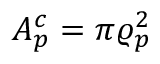
A _ { p } ^ { c } = \pi \varrho _ { p } ^ { 2 }